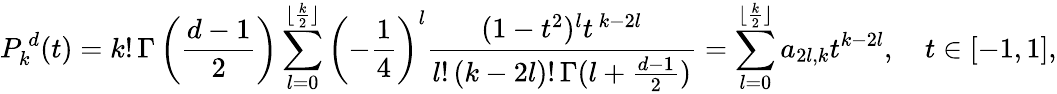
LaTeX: P_{k}^{\, d}(t)=k!\, \Gamma\left(\frac{d-1}{2}\right)\sum_{l=0}^{\lfloor\frac{k}{2}\rfloor}\left(-\frac{1}{4}\right)^{l}\frac{(1-t^{2})^{l}t^{\, k-2l}}{l!\, (k-2l)!\, \Gamma(l+\frac{d-1}{2})}=\sum_{l=0}^{\lfloor\frac{k}{2}\rfloor}a_{2l,k}t^{k-2l},\quad t\in[-1,1],